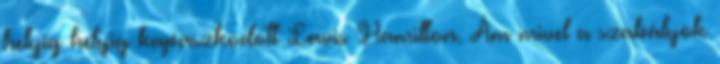
helyig helyig kapaszkodott Lewis Hamilton. Ám mivel a szabályok